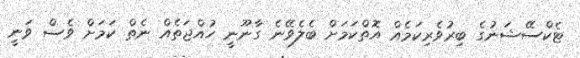
ޓެކްސޭޝަނުގެ ބިރުވެރިކަމެއް އޮތްކަމަށް ބެލެވޭނެ ގާނޫނީ ހުއްޖަތެއް ނެތް ކަމަށް ވެސް ވަނީ